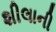
શીલાની